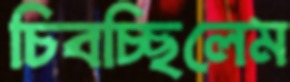
চিবচ্ছিলেম